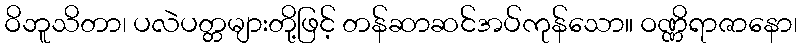
ဝိဘူသိတာ၊ ပလဲပတ္တများတို့ဖြင့် တန်ဆာဆင်အပ်ကုန်သော။ ဝဏ္ဏိရာဇာနော၊